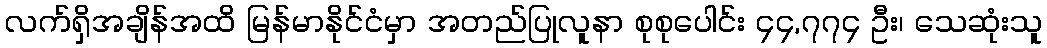
လက်ရှိအချိန်အထိ မြန်မာနိုင်ငံမှာ အတည်ပြုလူနာ စုစုပေါင်း ၄၄,၇၇၄ ဦး၊ သေဆုံးသူ